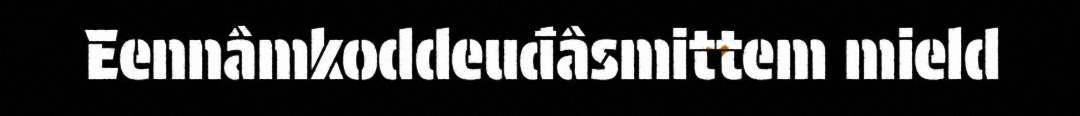
Eennâmkoddeuđâsmittem mield